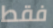
فقط